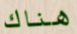
هناك